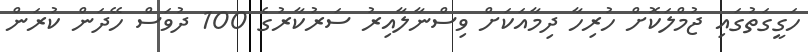
ހަގީގަތުގައި ޖުމްލަކޮށް ހުރިހާ ދިމާއަކަށް ވިސްނާލާއިރު ސަރުކާރުގެ 100 ދުވަސް ހޭދަން ކުރަން